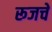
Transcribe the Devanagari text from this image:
रूजचे